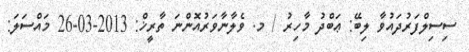
ސިސިލްފަރުދައުވާ ލިބޭ: ޢަބްދު މާހިރު / މ. ވެލާނާވަރުއޮންނަ ތާރީޚް: 2013-03-26 މައްސަލަ: